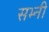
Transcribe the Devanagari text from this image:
सभ्नी